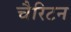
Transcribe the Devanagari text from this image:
चैरिटन